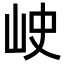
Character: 𡶈